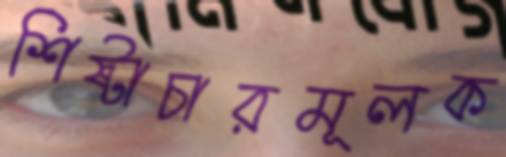
শিষ্টাচারমূলক